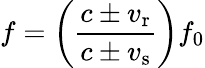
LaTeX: f=\left({\frac{c\pm v_{\mathrm{r}}}{c\pm v_{\mathrm{s}}}}\right)f_{0}